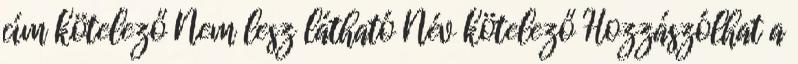
cím kötelező Nem lesz látható Név kötelező Hozzászólhat a